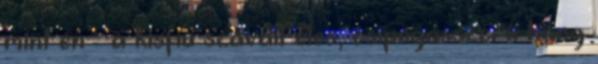
mint én – a kisfiú szavait éles, csipogásszerű hang